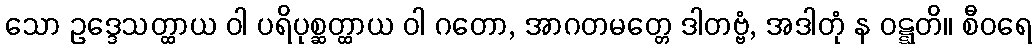
သော ဥဒ္ဒေသတ္ထာယ ဝါ ပရိပုစ္ဆတ္ထာယ ဝါ ဂတော, အာဂတမတ္တေ ဒါတဗ္ဗံ, အဒါတုံ န ဝဋ္ဋတိ။ စီဝရေ